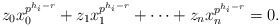
\begin{align*}z_0x_0^{p^{h_i-r}}+z_1x_1^{p^{h_i-r}}+\cdots+z_nx_n^{p^{h_i-r}}=0. \end{align*}